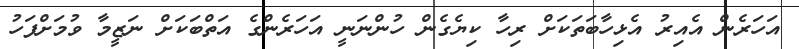
އަހަރެން އެއިރު އެޅިހާބަތަކަށް ރިހާ ކިޔެގެން ހުންނަނީ އަހަރެންގެ އަތްބަކަށް ނަޒީމާ ވުމަށްފަހު